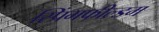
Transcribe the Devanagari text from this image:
स्प्रिंगफील्डम